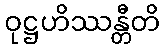
ဝုဋ္ဌဟိဿန္တီတိ